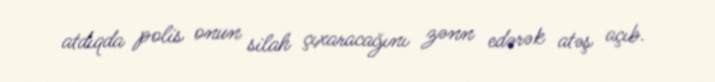
atdıqda polis onun silah çıxaracağını zənn edərək atəş açıb.